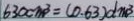
6 3 0 c m ^ { 3 } = ( 0 . 6 3 ) d m ^ { 3 }